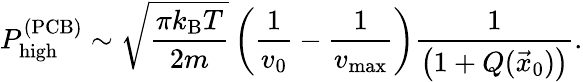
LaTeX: P_{\textrm{high}}^{(\textrm{PCB})}\sim\sqrt{\frac{\pi k_{\textrm{B}}T}{2m}}\left(\frac{1}{v_{0}}-\frac{1}{v_{\textrm{max}}}\right)\frac{1}{\left(1+Q(\vec{x}_{0})\right)}.